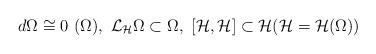
LaTeX: \begin{align*} d\Omega\cong 0\ (\Omega),\ \mathcal L_\mathcal H\Omega\subset\Omega,\ [\mathcal H,\mathcal H]\subset\mathcal H(\mathcal H=\mathcal H(\Omega))\end{align*}